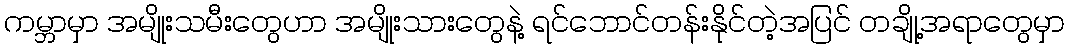
ကမ္ဘာမှာ အမျိုးသမီးတွေဟာ အမျိုးသားတွေနဲ့ ရင်ဘောင်တန်းနိုင်တဲ့အပြင် တချို့အရာတွေမှာ